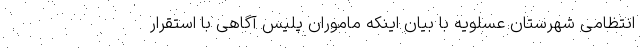
انتظامی شهرستان عسلویه با بیان اینکه ماموران پلیس آگاهی با استقرار